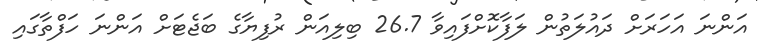
އަންނަ އަހަރަށް ދައުލަތުން ލަފާކޮށްފައިވާ 26.7 ބިލިއަން ރުފިޔާގެ ބަޖެޓަށް އަންނަ ހަފްތާގައި